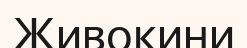
Живокини